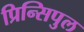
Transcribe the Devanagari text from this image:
प्रिन्सिपुल